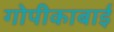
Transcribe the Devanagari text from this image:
गोपीकाबाई